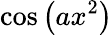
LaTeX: \cos\left(ax^{2}\right)